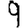
Digit: 9